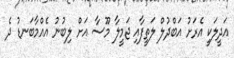
އަދީލަކީ އެރަށު އަބްދުލް ލަތީފާއި ޖަމީލާ މޫސާ އަށް ލިބުނު އެއްމާބަނޑު ދެ